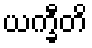
ယက္ခီတိ